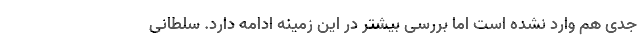
جدی هم وارد نشده است اما بررسی بیشتر در این زمینه ادامه دارد. سلطانی